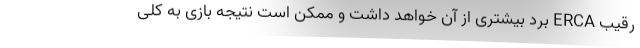
رقیب ERCA برد بیشتری از آن خواهد داشت و ممکن است نتیجه بازی به کلی